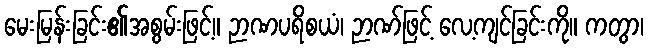
မေးမြန်းခြင်း၏အစွမ်းဖြင့်။ ဉာဏပရိစယံ၊ ဉာဏ်ဖြင့် လေ့ကျင်ခြင်းကို။ ကတွာ၊